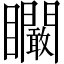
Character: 矙